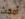
أمكث